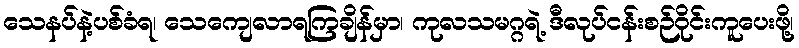
သေနပ်နဲ့ပစ်ခံရ၊ သေကျေလာရကြချိန်မှာ၊ ကုလသမဂ္ဂရဲ့ ဒီလုပ်ငန်းစဉ်ဝိုင်းကူပေးဖို့၊